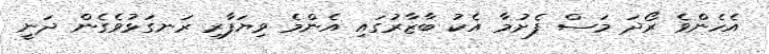
އެހެންވެ ރޯދަ މަސް ފެށުމާ އެކު ބާޒާރުގައި އެންމެ ވިޔަފާރި ރަނގަޅުވެގެން ދަނީ